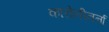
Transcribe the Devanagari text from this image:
कारोलीनर्ना